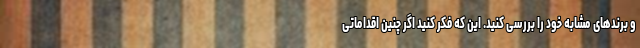
و برندهای مشابه خود را بررسی کنید. این که فکر کنید اگر چنین اقداماتی